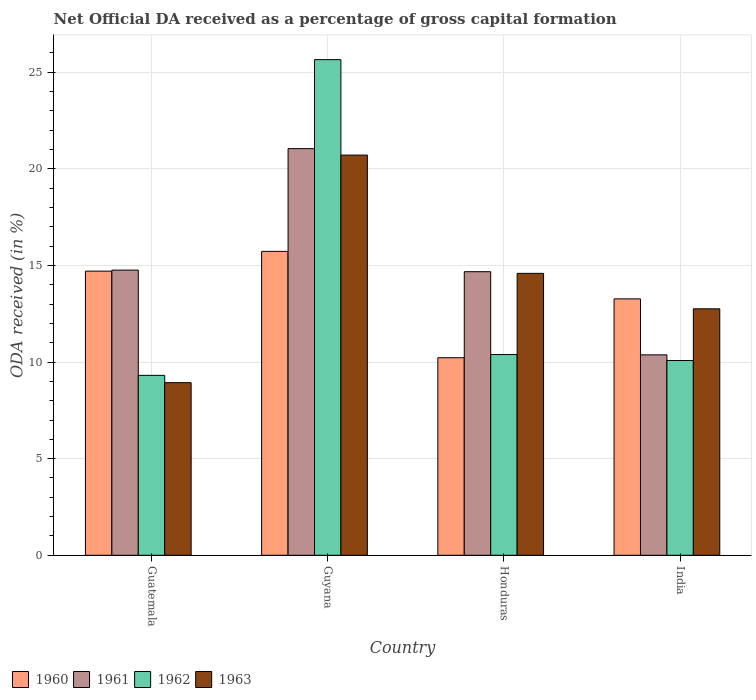
| Country | 1960 | 1961 | 1962 | 1963 |
 | --- | --- | --- | --- | --- |
 | Guatemala | 14.7 | 14.8 | 9.31 | 8.93 |
 | Guyana | 15.7 | 21 | 25.7 | 20.7 |
 | Honduras | 10.2 | 14.7 | 10.4 | 14.6 |
 | India | 13.3 | 10.4 | 10.1 | 12.8 |